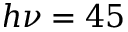
h \nu = 4 5